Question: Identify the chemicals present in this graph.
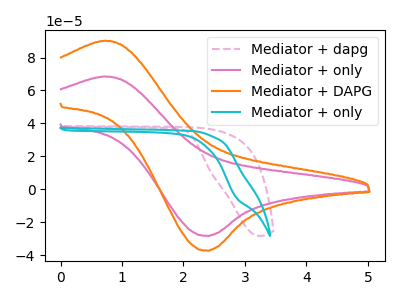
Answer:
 <answer>The pink dashed curve is labeled "Mediator + dapg". The pink curve is labeled "Mediator + only". The orange curve is labeled "Mediator + DAPG". The cyan curve is labeled "Mediator + only".</answer>
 <eval></eval>